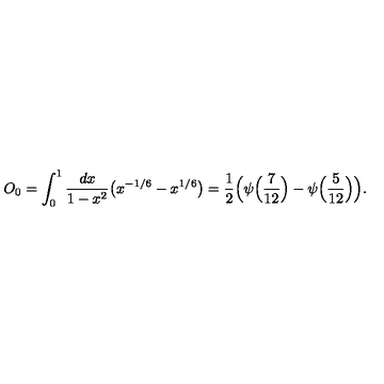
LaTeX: O _ { 0 } = \int _ { 0 } ^ { 1 } { \frac { d x } { 1 - x ^ { 2 } } } \bigl ( x ^ { - 1 / 6 } - x ^ { 1 / 6 } \bigr ) = { \frac { 1 } { 2 } } \Bigl ( \psi \Bigl ( { \frac { 7 } { 1 2 } } \Bigr ) - \psi \Bigl ( { \frac { 5 } { 1 2 } } \Bigr ) \Bigr ) .